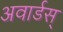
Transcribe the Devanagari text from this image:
अवार्डस्